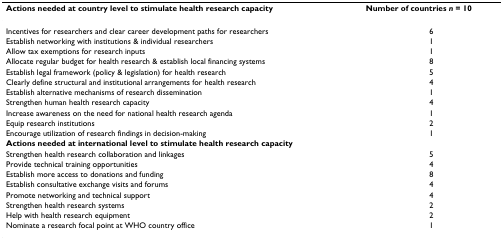
<table><thead><tr><td><b>Actions needed at country level to stimulate health research capacity</b></td><td><b>Number of countries <i>n </i>= 10</b></td></tr></thead><tbody><tr><td>Incentives for researchers and clear career development paths for researchers</td><td>6</td></tr><tr><td>Establish networking with institutions &amp; individual researchers</td><td>1</td></tr><tr><td>Allow tax exemptions for research inputs</td><td>1</td></tr><tr><td>Allocate regular budget for health research &amp; establish local financing systems</td><td>8</td></tr><tr><td>Establish legal framework (policy &amp; legislation) for health research</td><td>5</td></tr><tr><td>Clearly define structural and institutional arrangements for health research</td><td>4</td></tr><tr><td>Establish alternative mechanisms of research dissemination</td><td>1</td></tr><tr><td>Strengthen human health research capacity</td><td>4</td></tr><tr><td>Increase awareness on the need for national health research agenda</td><td>1</td></tr><tr><td>Equip research institutions</td><td>2</td></tr><tr><td>Encourage utilization of research findings in decision-making</td><td>1</td></tr><tr><td><b>Actions needed at international level to stimulate health research capacity</b></td><td></td></tr><tr><td>Strengthen health research collaboration and linkages</td><td>5</td></tr><tr><td>Provide technical training opportunities</td><td>4</td></tr><tr><td>Establish more access to donations and funding</td><td>8</td></tr><tr><td>Establish consultative exchange visits and forums</td><td>4</td></tr><tr><td>Promote networking and technical support</td><td>4</td></tr><tr><td>Strengthen health research systems</td><td>2</td></tr><tr><td>Help with health research equipment</td><td>2</td></tr><tr><td>Nominate a research focal point at WHO country office</td><td>1</td></tr></tbody></table>